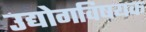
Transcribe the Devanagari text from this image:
उद्योगविषयक